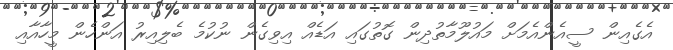
އެގެއިން ސީއެންއެމަށް މައުލޫމާތުދިން ގޮތުގައި އަޑެއް އިވިގެން ނުކުމެ ބެލިއިރު އަންހެން މީހާއާއި